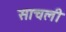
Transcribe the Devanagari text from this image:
साचली